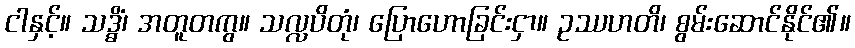
ငါနှင့်။ သဒ္ဓိံ၊ အတူတကွ။ သလ္လပိတုံ၊ ပြောဟောခြင်းငှာ။ ဥဿဟတိ၊ စွမ်းဆောင်နိုင်၏။